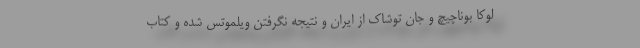
لوکا بوناچیچ و جان توشاک از ایران و نتیجه نگرفتن ویلموتس شده و کتاب